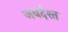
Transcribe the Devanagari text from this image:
जबर्दश्त